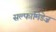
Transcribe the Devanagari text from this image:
सल्फामिडेज़